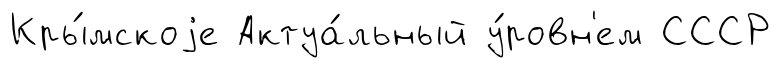
Кры́мскоjе Актуа́льный у́ровн'ем СССР